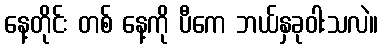
နေ့တိုင်း တစ် နေ့ကို ပီကေ ဘယ်နှခုဝါးသလဲ။